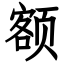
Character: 额